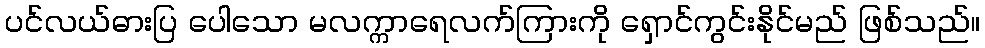
ပင်လယ်ဓားပြ ပေါသော မလက္ကာရေလက်ကြားကို ရှောင်ကွင်းနိုင်မည် ဖြစ်သည်။